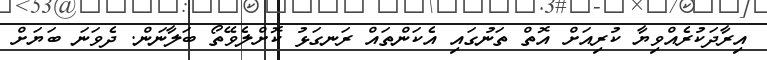
އިރާދަކުރެއްވިޔާ ކުރިއަށް އޮތް ތަނުގައި އެކަންތައް ރަނގަޅު ކޮށްލެވޭތޯ ބަލާނަން. ދެވަނަ ބަޔަށް